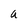
Character: a